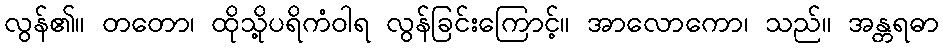
လွန်၏။ တတော၊ ထိုသို့ပရိကံဝါရ လွန်ခြင်းကြောင့်။ အာလောကော၊ သည်။ အန္တရဓာ